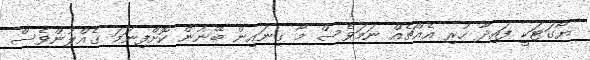
ޔޯގަޓަކީ ފައިދާ ހުރި އެއްޗެއް ނަމަވެސް މާ ގިނައިން ބޭނުން ކޮށްފިނަމަ ގެއްލުންވެސް